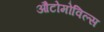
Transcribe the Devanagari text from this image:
औटोमोविल्स